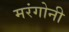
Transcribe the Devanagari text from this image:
मरंगोनी